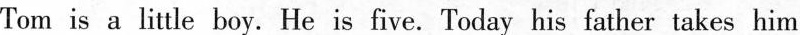
Tom is a little boy. He is five. Today his father takes him